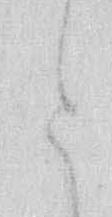
と